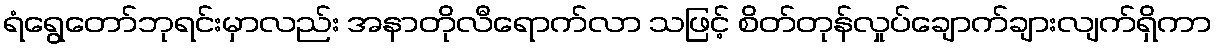
ရံရွေတော်ဘုရင်းမှာလည်း အနာတိုလီရောက်လာ သဖြင့် စိတ်တုန်လှုပ်ချောက်ချားလျက်ရှိကာ